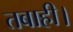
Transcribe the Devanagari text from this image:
तबाही।